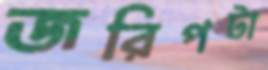
জরিপটা